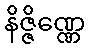
နိဇ္ဇိဏ္ဏေ